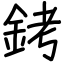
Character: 銬